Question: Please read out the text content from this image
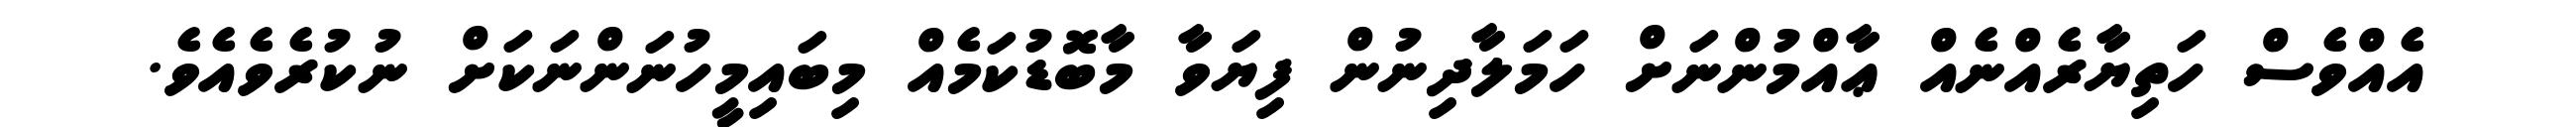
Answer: އެއްވެސް ހަތިޔާރެއްނެއް ޢާއްމުންނަށް ހަމަލާދިނުން ފިޔަވާ މާބޮޑުކަމެއް މިބައިމީހުނަންނަކަށް ނުކުރެވެއެވެ.